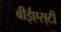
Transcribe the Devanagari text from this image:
बीईएस्‌टी